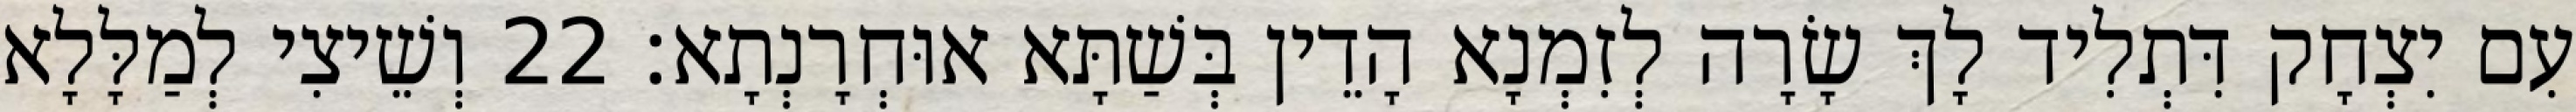
עִם יִצְחָק דִּתְלִיד לָךְ שָׂרָה לְזִמְנָא הָדֵין בְּשַׁתָּא אוּחְרָנְתָא׃ 22 וְשֵׁיצִי לְמַלָּלָא